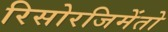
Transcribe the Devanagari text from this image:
रिसोरजिमेंतो